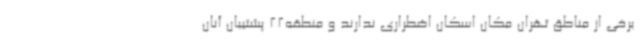
برخی از مناطق تهران مکان اسکان اضطراری ندارند و منطقه22 پشتیبان آنان